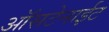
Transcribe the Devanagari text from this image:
ऑसटेनाईट